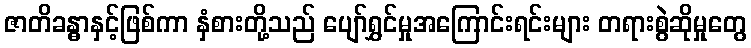
ဇာတိခန္ဓာနှင့်ဖြစ်ကာ နှံစားတို့သည် ပျော်ရွှင်မှုအကြောင်းရင်းများ တရားစွဲဆိုမှုတွေ